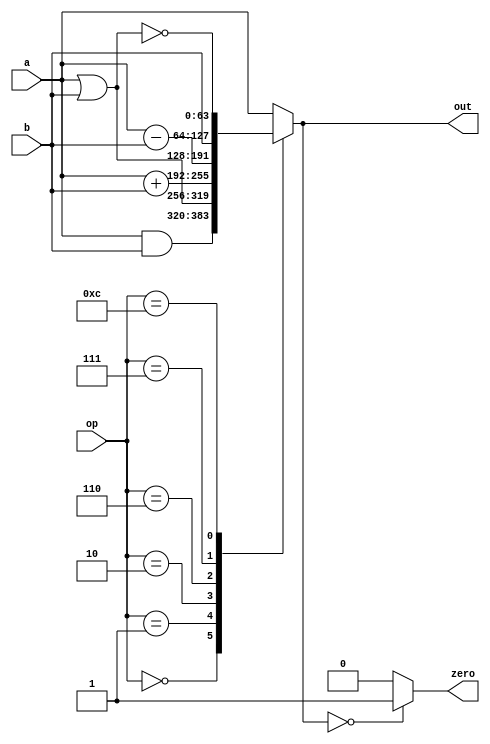
module ALU(a,b,op,zero,out);
parameter delay = 10;
input [3:0] op;
input [63:0] a, b;
output reg [63:0] out;
output reg zero;
always @(a, b, op)
begin
#delay
case(op)
4'b0000:
 out = a & b;

4'b0001:
out = a | b;

4'b0010:
 out = a + b;

4'b0110:
 out = a - b;

4'b0111:
 out = b;

4'b1100:
 out = ~(a | b);

default:
 out = a;

endcase
 zero = 0;
if (out == 0)
 zero = 1;
$display("\nALU:\nOperation = %b\nA = %b\nB = %b\nOutput = %b\nZero = %b\n ",op, a, b, out, zero);
end

	
endmodule